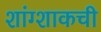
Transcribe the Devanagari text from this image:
शांग्शाकची